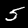
Label: 5